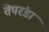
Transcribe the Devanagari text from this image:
तेपरंडा